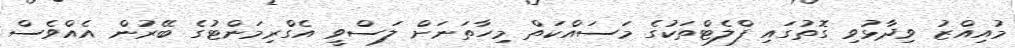
މުއިއްޒު ވިދާޅުވި ގޮތުގައި ފްލެޓްތަކުގެ މަސައްކަތް މިހާތަނަށް ލަސްވީ އެގްރިމަންޓުގެ ބޭރުން އެއްވެސް